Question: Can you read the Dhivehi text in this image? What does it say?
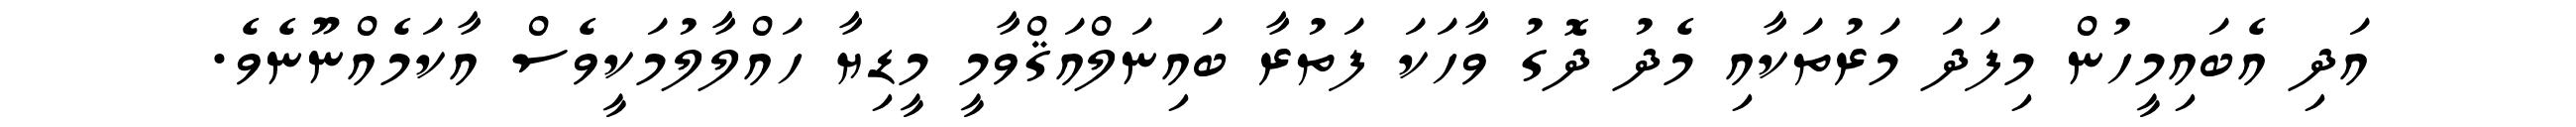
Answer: އަދި އެބައިމީހުން މިފަދަ މަރުތަކާއި މެދު ދޮގު ވާހަކަ ފަތުރާ ބައިނަލްއަޤްވާމީ މީޑިޔާ ހައްލާލުމަކީވެސް އާކަމެއްނޫނެވެ.